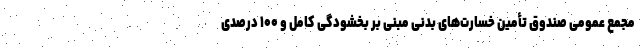
مجمع عمومی صندوق تأمین خسارت‌های بدنی مبنی بر بخشودگی کامل و ۱۰۰ درصدی